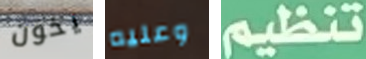
يخون وعليه تنظيم